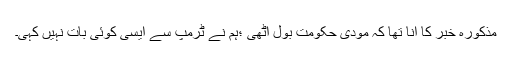
مذکورہ خبر کا آنا تھا کہ مودی حکومت بول اٹھی ؛ہم نے ٹرمپ سے ایسی کوئی بات نہیں کہی۔